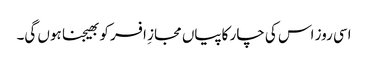
اسی روز اس کی چار کاپیاں مجازِ افسر کو بھیجنا ہوں گی۔